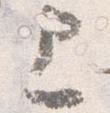
上